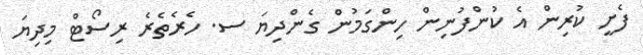
ފެށީ ކުރިން އެ ކުންފުނިން ހިންގަމުން ގެންދިޔަ ސ. ހެރެތެރެ ރިސޯޓް މިދިޔަ